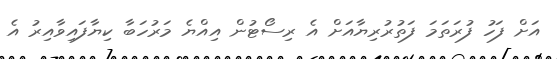
އަށް ފަހު ފުރަތަމަ ފަތުރުރިޔާއަށް އެ ރިސޯޓުން އިއްޔެ މަރުހަބާ ކިޔާފައިވާއިރު އެ